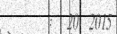
:  20